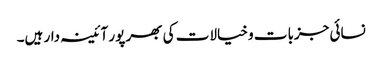
نسائی جزبات و خیالات کی بھر پور آئینہ دار ہیں۔